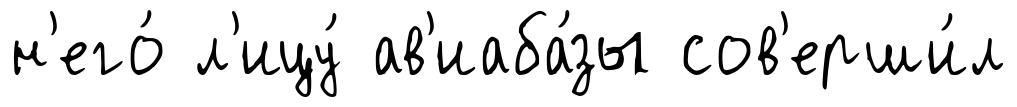
н'его́ л'ицу́ ав'иаба́зы сов'ерши́л